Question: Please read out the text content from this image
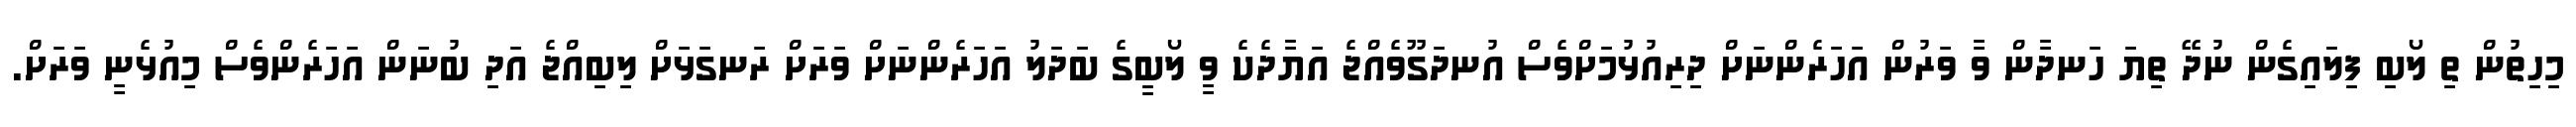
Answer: މިހިތުން ތި ލޯބި ފިލައިގެން ނުދޭ ތިޔަ ހަނދާން ވާ ވަރުން އަހަރެންނަށް ދިރިއުޅުމަށްވެސް އުނދަގޫވެއްޖެ އަޔާދެކެ ވީ ލޯބީގެ ބަދަލު އަހަރެންނަށް ވަރަށް ރަނގަޅަށް ލިބިއްޖެ އަދި ބުނަން އަހަރެންވެސް މިއުޅެނީ ވަރަށް.